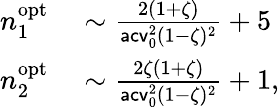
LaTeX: \begin{array}{rl}{n_{1}^{\mathrm{opt}}}&{{}\sim\frac{2(1+\zeta)}{\mathsf{acv}_{0}^{2}(1-\zeta)^{2}}+5}\\ {n_{2}^{\mathrm{opt}}}&{{}\sim\frac{2\zeta(1+\zeta)}{\mathsf{acv}_{0}^{2}(1-\zeta)^{2}}+1,}\end{array}